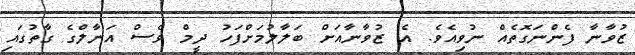
ޒުވާނާ ފެންނަގޮތެއް ނުވިއެވެ. އެ ޒުވާނާއަށް ބަލާލުމަށްފަހު ދީމް ވެސް އަނާލްގެ ގާތުގައި